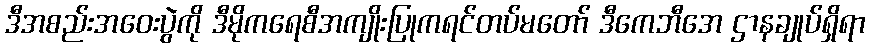
ဒီအစည်းအဝေးပွဲကို ဒီမိုကရေစီအကျိုးပြုကရင်တပ်မတော် ဒီကေဘီအေ ဌာနချုပ်ရှိရာ